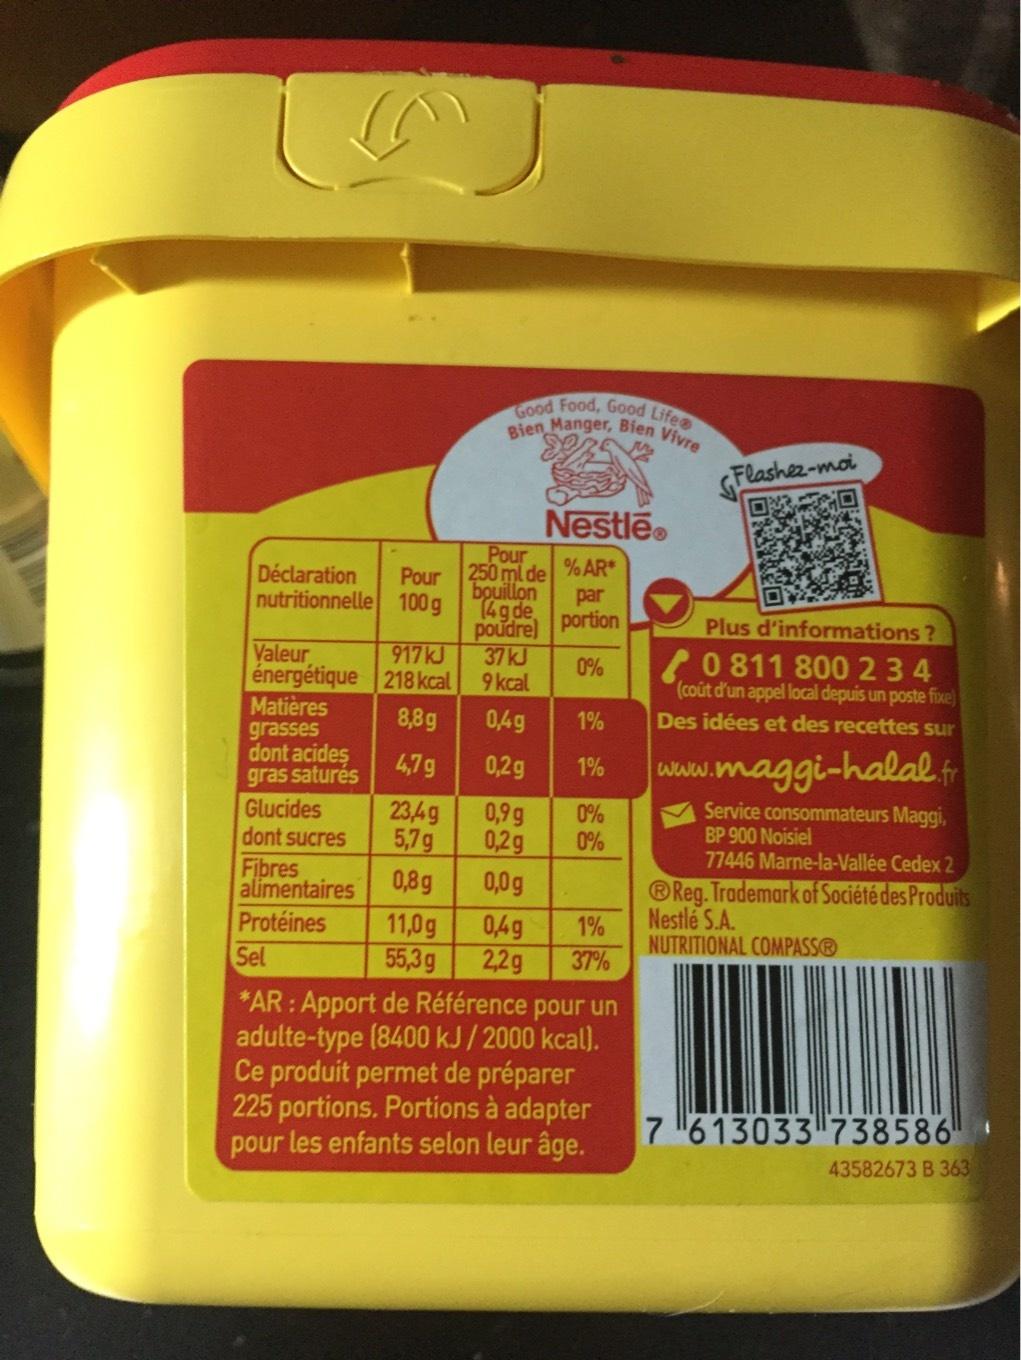
L
Déclaration Pour nutritionnelle 100g
Valeur énergétique
Matières
grasses
dont acides
gras saturés
Good Food, Good Life Bien Manger, Bien Vivre
Pour
250 ml de
bouillon
(4g de
poudre)
Nestlé®
% AR*
par
portion
0%
917 kJ
37 kJ
218 kcal
9 kcal
8,8g
0,4g
4,7g
0,2g
23,4g 0,9g
5,7g 0,2g
0,8g
0,0g
11,0g 0,4g
55,3g
2,2g
1%
1%
0%
0%
Glucides
dont sucres
Fibres
alimentaires
Protéines
Sel
*AR: Apport de Référence pour un adulte-type (8400 kJ/2000 kcal). Ce produit permet de préparer 225 portions. Portions à adapter pour les enfants selon leur âge.
1%
37%
Flashez-moi
Plus d'informations?
0811 800 234
(coût d'un appel local depuis un poste fixe)
Des idées et des recettes sur
maggi-halal.fr
Service consommateurs Maggi, BP 900 Noisiel
77446 Marne-la-Vallée Cedex 2 Reg. Trademark of Société des Produits Nestlé S.A. NUTRITIONAL COMPASSⓇ
www.w
7 613033 738586
43582673 B 363